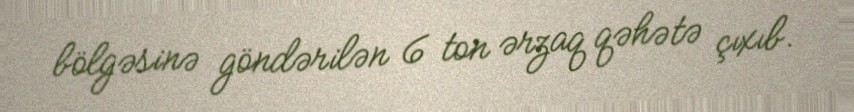
bölgəsinə göndərilən 6 ton ərzaq qəhətə çıxıb.